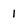
Character: 1